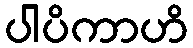
ပါပိကာဟိ